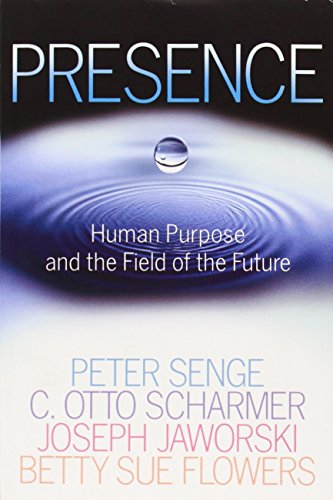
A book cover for Presence: Human Purpose and the Field of the Future; Peter M. Senge; Business & Money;